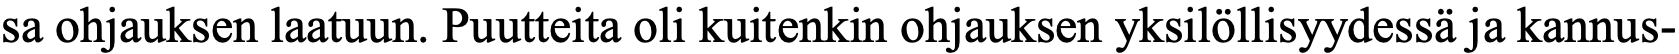
sa ohjauksen laatuun. Puutteita oli kuitenkin ohjauksen yksilöllisyydessä ja kannus-